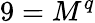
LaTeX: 9=M^{q}